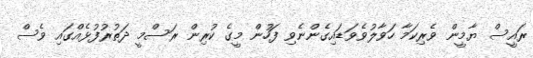
ރައީސް ޔާމީން ވެރިކަމާ ހަވާލުވެވަޑައިގެންނެވި ފަހުން މީގެ ކުރިން ރަސްމީ ދަތުރުފުޅެއްގައި ވެސް